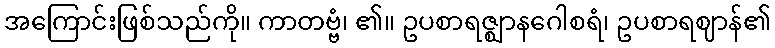
အကြောင်းဖြစ်သည်ကို။ ကာတဗ္ဗံ၊ ၏။ ဥပစာရဇ္ဈာနဂေါစရံ၊ ဥပစာရဈာန်၏